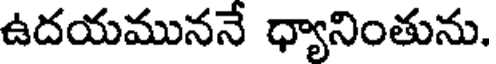
ఉదయముననే ధ్యానింతును.